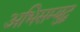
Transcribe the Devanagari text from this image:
अभिसम्बुद्ध